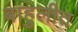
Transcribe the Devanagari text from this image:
बाहुलीत